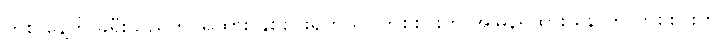
တစ် နေ့ကို ခရီးသည်တင်ရထား နှစ်စင်းရှိတယ်။ တစ်စင်းက အမြန်ရထား နောက် တစ်စင်းက